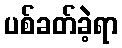
ပစ်ခတ်ခဲ့ရာ